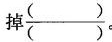
掉\frac{( )}{( )}。